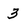
Character: 3